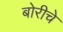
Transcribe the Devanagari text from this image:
बोरीचे